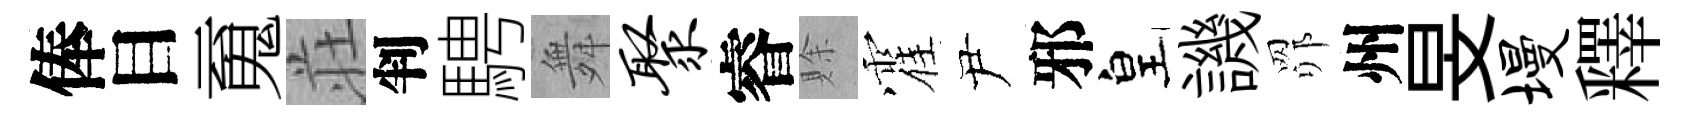
俸目䰟荘判騁舞聚睿賖霍尹邪皇譏𦊑州旻墁釋